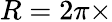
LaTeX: R=2\pi\times